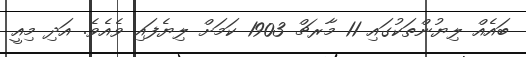
ބައެއް ލިޔުންތަކުގައި 11 މާރޗް 1903 ކަމަށް ލިޔެފައި ވެއެވެ. އަދި މިއީ